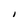
Character: I